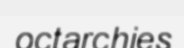
octarchies